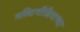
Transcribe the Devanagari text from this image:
मल्टिमीडियाच्या